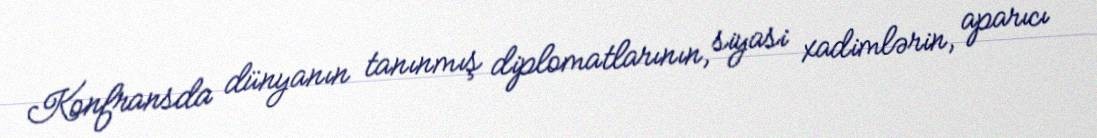
Konfransda dünyanın tanınmış diplomatlarının, siyasi xadimlərin, aparıcı